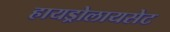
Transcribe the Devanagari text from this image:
हायड्रोलायसेट